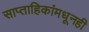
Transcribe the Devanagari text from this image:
साप्ताहिकांमधूनही